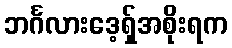
ဘင်္ဂလားဒေ့ရှ်အစိုးရက